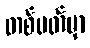
တစ်ပတ်မှာ